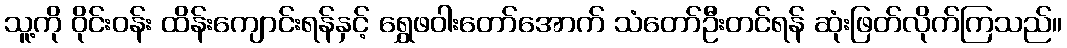
သူ့ကို ဝိုင်းဝန်း ထိန်းကျောင်းရန်နှင့် ရွှေဖဝါးတော်အောက် သံတော်ဦးတင်ရန် ဆုံးဖြတ်လိုက်ကြသည်။